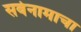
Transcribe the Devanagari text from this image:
सर्वनामाचा